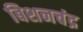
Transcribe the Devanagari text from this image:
बिशनचंद्र